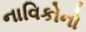
નાવિકોનો